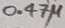
Text: 0.47µ